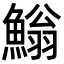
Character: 䱵